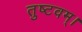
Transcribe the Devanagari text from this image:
तुष्टवम्।